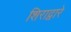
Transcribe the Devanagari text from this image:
शिराद्वारे